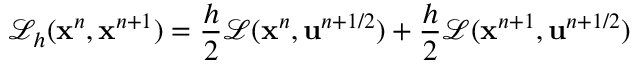
\mathcal { L } _ { h } ( \mathbf { x } ^ { n } , \mathbf { x } ^ { n + 1 } ) = \frac h 2 \mathcal { L } ( \mathbf { x } ^ { n } , \mathbf { u } ^ { n + 1 / 2 } ) + \frac h 2 \mathcal { L } ( \mathbf { x } ^ { n + 1 } , \mathbf { u } ^ { n + 1 / 2 } )